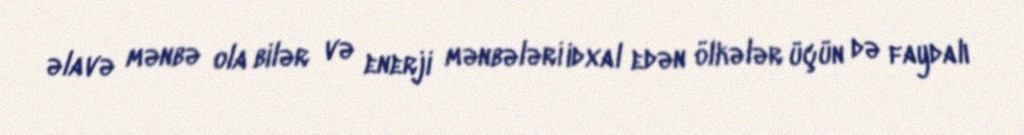
əlavə mənbə ola bilər və enerji mənbələri idxal edən ölkələr üçün də faydalı